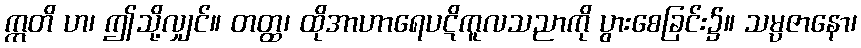
ဣတိ ဟ၊ ဤသို့လျှင်။ တတ္ထ၊ ထိုအာဟာရေပဋိကူလသညာကို ပွားစေခြင်း၌။ သမ္ပဇာနော၊